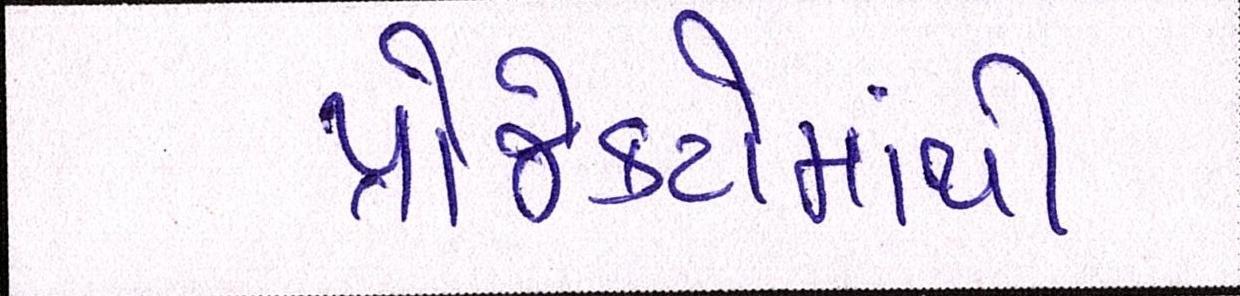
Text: પ્રોજેક્ટોમાંથી